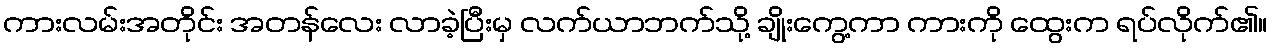
ကားလမ်းအတိုင်း အတန်လေး လာခဲ့ပြီးမှ လက်ယာဘက်သို့ ချိုးကွေ့ကာ ကားကို ထွေးက ရပ်လိုက်၏။